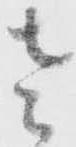
左